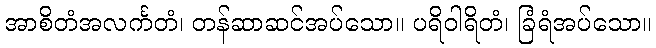
အာစိတံအလင်္ကတံ၊ တန်ဆာဆင်အပ်သော။ ပရိဝါရိတံ၊ ခြံရံအပ်သော။